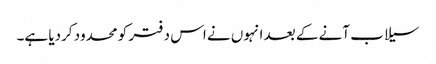
سیلاب آنے کے بعد انہوں نے اس دفتر کو محدود کردیا ہے۔